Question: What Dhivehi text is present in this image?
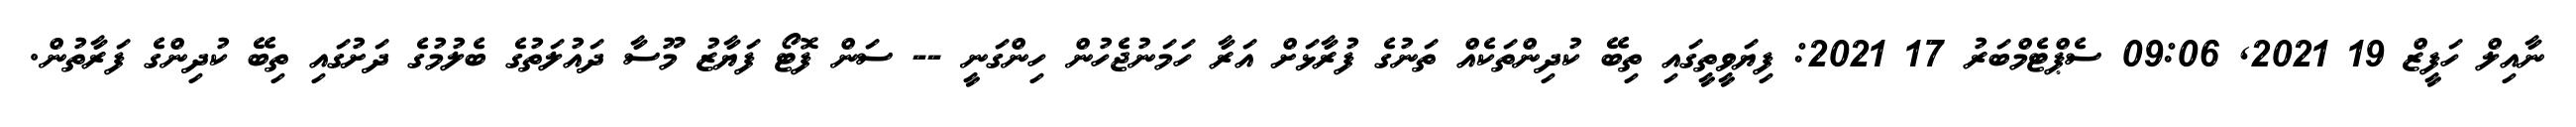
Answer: ނާއިލް ހަފީޒް 19 2021, 09:06 ސެޕްޓެމްބަރު 17 2021: ފިޔަވީތީގައި ތިބޭ ކުދިންތަކެއް ތަނުގެ ފުރާޅަށް އަރާ ހަމަނުޖެހުން ހިންގަނީ -- ސަން ފޮޓޯ ފަޔާޒު މޫސާ ދައުލަތުގެ ބެލުމުގެ ދަށުގައި ތިބޭ ކުދިންގެ ފަރާތުން.